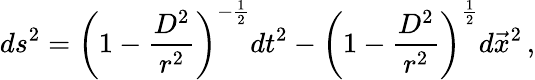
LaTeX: ds^{2}=\left(1-\frac{D^{2}}{r^{2}}\right)^{-\frac{1}{2}}dt^{2}-\left(1-\frac{D^{2}}{r^{2}}\right)^{\frac{1}{2}}d\vec{x}^{2}\, ,